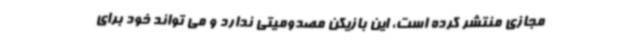
مجازی منتشر کرده است، این بازیکن مصدومیتی ندارد و می تواند خود برای